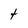
Character: t